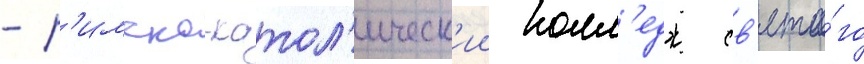
- р'имско-катол'ическ'ии колл'едж св'ято́го